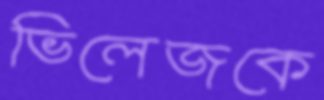
ভিলেজকে